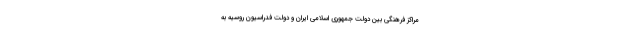
مراکز فرهنگی بین دولت جمهوری اسلامی ایران و دولت فدراسیون روسیه به